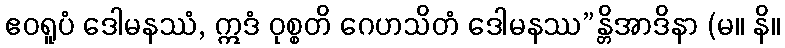
ဧဝရူပံ ဒေါမနဿံ, ဣဒံ ဝုစ္စတိ ဂေဟသိတံ ဒေါမနဿ”န္တိအာဒိနာ (မ။ နိ။